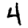
Digit: 4